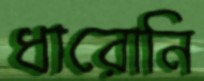
ধারোনি